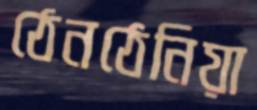
ঠেনঠেনিয়া